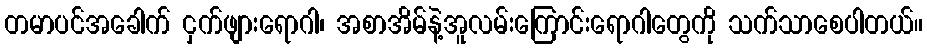
တမာပင်အခေါက် ငှက်ဖျားရောဂါ၊ အစာအိမ်နဲ့အူလမ်းကြောင်းရောဂါတွေကို သက်သာစေပါတယ်။